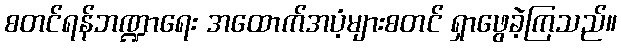
စတင်ရန်ဘဏ္ဍာရေး အထောက်အပံ့များစတင် ရှာဖွေခဲ့ကြသည်။